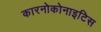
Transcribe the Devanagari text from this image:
कारनोकोनाइटिस